Madras plague regulations and rules - Volume 2
Disease focus: Plague
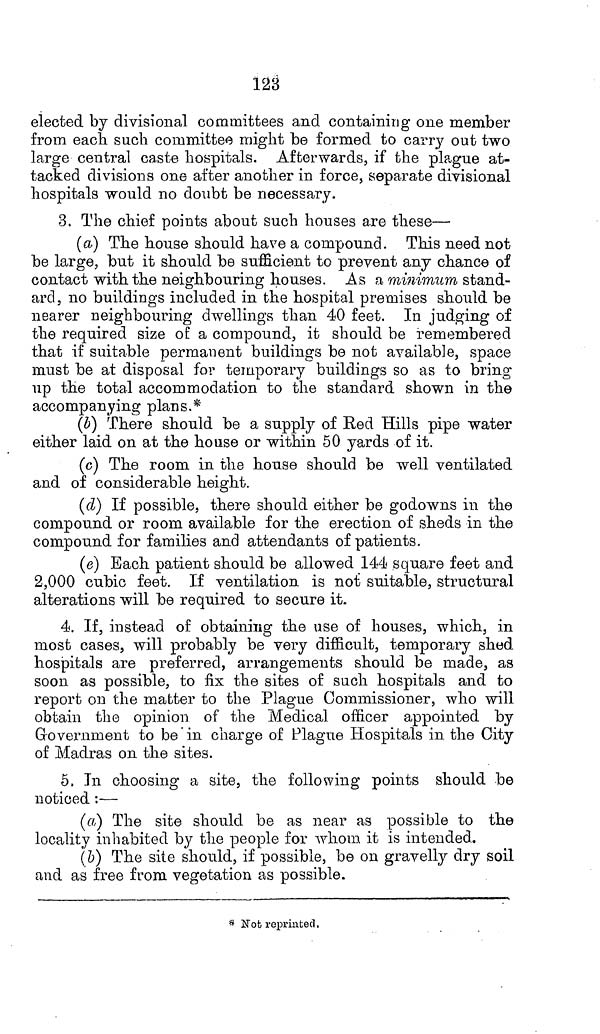
128
elected by divisional committees and containing one member
from each such committee might be formed to carry out two
large central caste hospitals. Afterwards, if the plague at-
tacked divisions one after another in force, separate divisional
hospitals would no doubt be necessary.
3. The chief points about such houses are these—
(a) The house should have a compound. This need not
be large, but it should be sufficient to prevent any chance of
contact with the neighbouring houses. As a minimum stand-
ard, no buildings included in the hospital premises should be
nearer neighbouring dwellings than 40 feet. In judging of
the required size of a compound, it should be remembered
that if suitable permanent buildings be not available, space
must be at disposal for temporary buildings so as to bring
up the total accommodation to the standard shown in the
accompanying plans.*
(b) There should be a supply of Red Hills pipe water
either laid on at the house or within 50 yards of it.
(c) The room in the house should be well ventilated
and of considerable height.
(d) If possible, there should either be godowns in the
compound or room available for the erection of sheds in the
compound for families and attendants of patients,
(e) Each patient should be allowed 144 square feet and
2,000 cubic feet. If ventilation is not suitable, structural
alterations will be required to secure it.
4. If, instead of obtaining the use of houses, which, in
most cases, will probably be very difficult, temporary shed
hospitals are preferred, arrangements should be made, as
soon as possible, to fix the sites of such hospitals and to
report on the matter to the Plague Commissioner, who will
obtain the opinion of the Medical officer appointed by
Government to be in charge of Plague Hospitals in the City
of Madras on the sites.
5. In choosing a site, the following points should be
noticed :—
(a) The site should be as near as possible to the
locality inhabited by the people for whom it is intended.
(b) The site should, if possible, be on gravelly dry soil
and as free from vegetation as possible.
* Not reprinted,